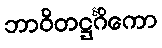
ဘာဝိတဋ္ဌင်္ဂိကော